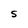
Character: S